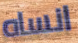
انساه